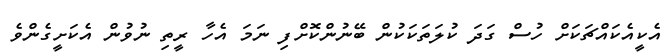
އެކީއެކައްޗަކަށް ހުސް ގަދަ ކުލަތަކަކުން ބޭނުންކޮށްފި ނަމަ އެހާ ރީތި ނުވުން އެކަށީގެންވެ